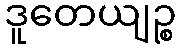
ဒူတေယျဉ္စ